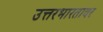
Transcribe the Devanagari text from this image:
उत्तरभारतावर